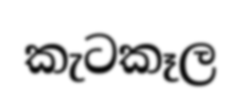
කැටකෑල